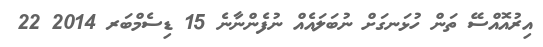
އިރުއޮއްސޭ ތަން ހުޅަނގަށް ނުބަލައެއް ނުފެންނާނެ 15 ޑިސެމްބަރ 2014 22